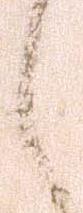
候